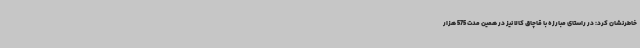
خاطرنشان کرد: در راستای مبارزه با قاچاق کالا نیز در همین مدت 575 هزار